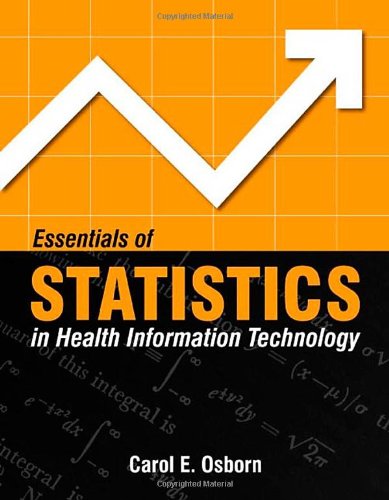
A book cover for Essentials Of Statistics In Health Information Technology; Carol E. Osborn; Medical Books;